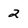
Character: 2